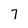
Character: 7